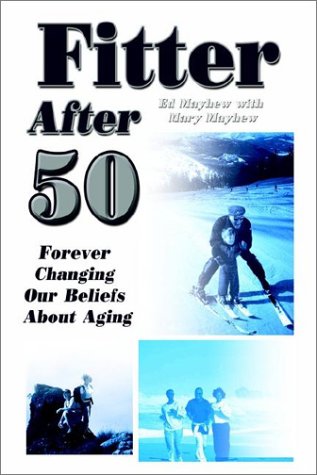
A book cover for Fitter After 50: Forever Changing Our Beliefs About Aging; Ed Mayhew; Health, Fitness & Dieting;